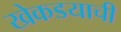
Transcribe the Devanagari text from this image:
खेकडयाची